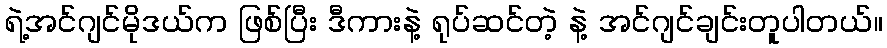
ရဲ့အင်ဂျင်မိုဒယ်က ဖြစ်ပြီး ဒီကားနဲ့ ရုပ်ဆင်တဲ့ နဲ့ အင်ဂျင်ချင်းတူပါတယ်။